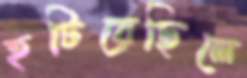
হটিয়েছিলে